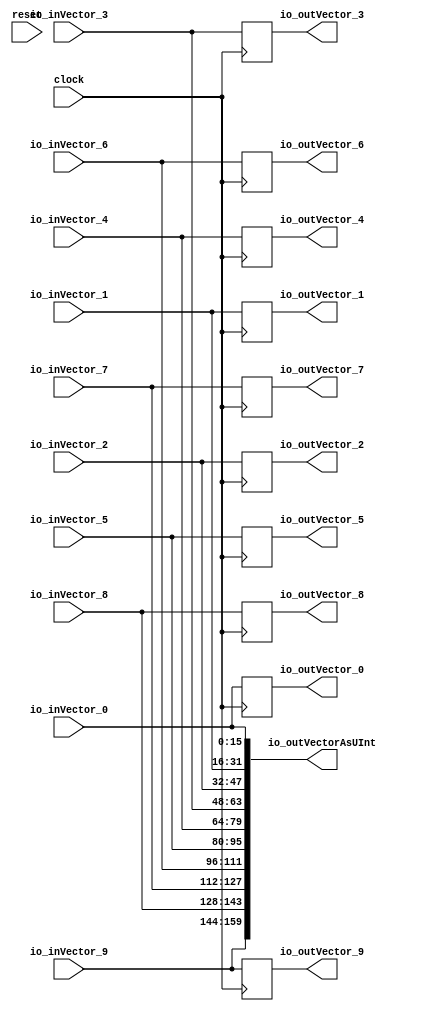
module VecPassThrough( // @[:@3.2]
  input          clock, // @[:@4.4]
  input          reset, // @[:@5.4]
  input  [15:0]  io_inVector_0, // @[:@6.4]
  input  [15:0]  io_inVector_1, // @[:@6.4]
  input  [15:0]  io_inVector_2, // @[:@6.4]
  input  [15:0]  io_inVector_3, // @[:@6.4]
  input  [15:0]  io_inVector_4, // @[:@6.4]
  input  [15:0]  io_inVector_5, // @[:@6.4]
  input  [15:0]  io_inVector_6, // @[:@6.4]
  input  [15:0]  io_inVector_7, // @[:@6.4]
  input  [15:0]  io_inVector_8, // @[:@6.4]
  input  [15:0]  io_inVector_9, // @[:@6.4]
  output [15:0]  io_outVector_0, // @[:@6.4]
  output [15:0]  io_outVector_1, // @[:@6.4]
  output [15:0]  io_outVector_2, // @[:@6.4]
  output [15:0]  io_outVector_3, // @[:@6.4]
  output [15:0]  io_outVector_4, // @[:@6.4]
  output [15:0]  io_outVector_5, // @[:@6.4]
  output [15:0]  io_outVector_6, // @[:@6.4]
  output [15:0]  io_outVector_7, // @[:@6.4]
  output [15:0]  io_outVector_8, // @[:@6.4]
  output [15:0]  io_outVector_9, // @[:@6.4]
  output [159:0] io_outVectorAsUInt // @[:@6.4]
);
`ifdef RANDOMIZE_REG_INIT
  reg [31:0] _RAND_0;
  reg [31:0] _RAND_1;
  reg [31:0] _RAND_2;
  reg [31:0] _RAND_3;
  reg [31:0] _RAND_4;
  reg [31:0] _RAND_5;
  reg [31:0] _RAND_6;
  reg [31:0] _RAND_7;
  reg [31:0] _RAND_8;
  reg [31:0] _RAND_9;
`endif // RANDOMIZE_REG_INIT
  reg [15:0] regVector_0; // @[AggregateOrderingSpec.scala 21:22:@11.4]
  reg [15:0] regVector_1; // @[AggregateOrderingSpec.scala 21:22:@11.4]
  reg [15:0] regVector_2; // @[AggregateOrderingSpec.scala 21:22:@11.4]
  reg [15:0] regVector_3; // @[AggregateOrderingSpec.scala 21:22:@11.4]
  reg [15:0] regVector_4; // @[AggregateOrderingSpec.scala 21:22:@11.4]
  reg [15:0] regVector_5; // @[AggregateOrderingSpec.scala 21:22:@11.4]
  reg [15:0] regVector_6; // @[AggregateOrderingSpec.scala 21:22:@11.4]
  reg [15:0] regVector_7; // @[AggregateOrderingSpec.scala 21:22:@11.4]
  reg [15:0] regVector_8; // @[AggregateOrderingSpec.scala 21:22:@11.4]
  reg [15:0] regVector_9; // @[AggregateOrderingSpec.scala 21:22:@11.4]
  wire [79:0] _T_51 = {io_inVector_4,io_inVector_3,io_inVector_2,io_inVector_1,io_inVector_0}; // @[AggregateOrderingSpec.scala 26:43:@35.4]
  wire [79:0] _T_55 = {io_inVector_9,io_inVector_8,io_inVector_7,io_inVector_6,io_inVector_5}; // @[AggregateOrderingSpec.scala 26:43:@39.4]
  assign io_outVector_0 = regVector_0;
  assign io_outVector_1 = regVector_1;
  assign io_outVector_2 = regVector_2;
  assign io_outVector_3 = regVector_3;
  assign io_outVector_4 = regVector_4;
  assign io_outVector_5 = regVector_5;
  assign io_outVector_6 = regVector_6;
  assign io_outVector_7 = regVector_7;
  assign io_outVector_8 = regVector_8;
  assign io_outVector_9 = regVector_9;
  assign io_outVectorAsUInt = {_T_55,_T_51}; // @[AggregateOrderingSpec.scala 26:43:@40.4]
  always @(posedge clock) begin
    regVector_0 <= io_inVector_0;
    regVector_1 <= io_inVector_1;
    regVector_2 <= io_inVector_2;
    regVector_3 <= io_inVector_3;
    regVector_4 <= io_inVector_4;
    regVector_5 <= io_inVector_5;
    regVector_6 <= io_inVector_6;
    regVector_7 <= io_inVector_7;
    regVector_8 <= io_inVector_8;
    regVector_9 <= io_inVector_9;
  end
// Register and memory initialization
`ifdef RANDOMIZE_GARBAGE_ASSIGN
`define RANDOMIZE
`endif
`ifdef RANDOMIZE_INVALID_ASSIGN
`define RANDOMIZE
`endif
`ifdef RANDOMIZE_REG_INIT
`define RANDOMIZE
`endif
`ifdef RANDOMIZE_MEM_INIT
`define RANDOMIZE
`endif
`ifndef RANDOM
`define RANDOM $random
`endif
`ifdef RANDOMIZE_MEM_INIT
  integer initvar;
`endif
`ifndef SYNTHESIS
`ifdef FIRRTL_BEFORE_INITIAL
`FIRRTL_BEFORE_INITIAL
`endif
initial begin
  `ifdef RANDOMIZE
    `ifdef INIT_RANDOM
      `INIT_RANDOM
    `endif
    `ifndef VERILATOR
      `ifdef RANDOMIZE_DELAY
        #`RANDOMIZE_DELAY begin end
      `else
        #0.002 begin end
      `endif
    `endif
`ifdef RANDOMIZE_REG_INIT
  _RAND_0 = {1{`RANDOM}};
  regVector_0 = _RAND_0[15:0];
  _RAND_1 = {1{`RANDOM}};
  regVector_1 = _RAND_1[15:0];
  _RAND_2 = {1{`RANDOM}};
  regVector_2 = _RAND_2[15:0];
  _RAND_3 = {1{`RANDOM}};
  regVector_3 = _RAND_3[15:0];
  _RAND_4 = {1{`RANDOM}};
  regVector_4 = _RAND_4[15:0];
  _RAND_5 = {1{`RANDOM}};
  regVector_5 = _RAND_5[15:0];
  _RAND_6 = {1{`RANDOM}};
  regVector_6 = _RAND_6[15:0];
  _RAND_7 = {1{`RANDOM}};
  regVector_7 = _RAND_7[15:0];
  _RAND_8 = {1{`RANDOM}};
  regVector_8 = _RAND_8[15:0];
  _RAND_9 = {1{`RANDOM}};
  regVector_9 = _RAND_9[15:0];
`endif // RANDOMIZE_REG_INIT
  `endif // RANDOMIZE
end // initial
`ifdef FIRRTL_AFTER_INITIAL
`FIRRTL_AFTER_INITIAL
`endif
`endif // SYNTHESIS
endmodule